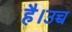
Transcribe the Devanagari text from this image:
है।उच्च